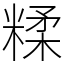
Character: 糅